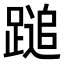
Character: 𨃬